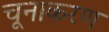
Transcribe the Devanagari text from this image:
चूनाकरण